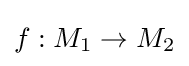
f:M_{1}\to M_{2}